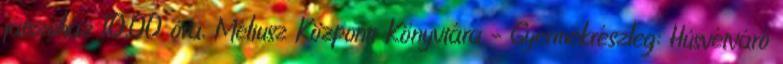
játszóház 10.00 óra, Méliusz Központi Könyvtára – Gyermekrészleg: Húsvétváró